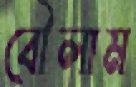
বৌলাম